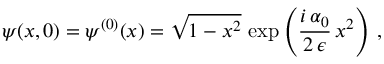
\psi ( x , 0 ) = \psi ^ { ( 0 ) } ( x ) = \sqrt { 1 - x ^ { 2 } } \, \exp \left( \frac { i \, \alpha _ { 0 } } { 2 \, \epsilon } \, x ^ { 2 } \right) \, ,